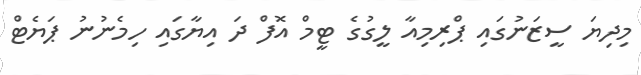
މިދިޔަ ސީޒަނުގައި ޕްރިމިއާ ލީގުގެ ޓީމް އޮފް ދަ އިޔާގައި ހިމެނުނު ޕަޔެޓް